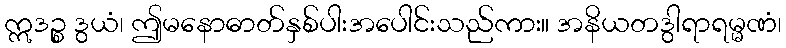
ဣဒဉ္စ ဒွယံ၊ ဤမနောဓာတ်နှစ်ပါးအပေါင်းသည်ကား။ အနိယတဒွါရာရမ္မဏံ၊